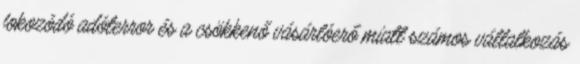
fokozódó adóterror és a csökkenő vásárlóerő miatt számos vállalkozás